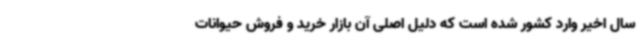
سال اخیر وارد کشور شده است که دلیل اصلی آن بازار خرید و فروش حیوانات